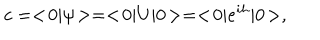
c = < \! 0 | \psi \! > = < \! 0 | U | 0 \! > = < \! 0 | e ^ { i h } | 0 \! > ,